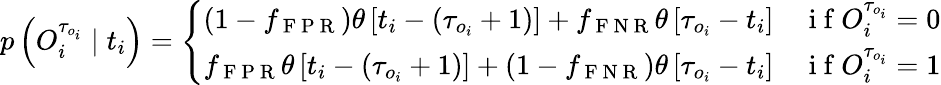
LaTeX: p\left(O_{i}^{\tau_{o_{i}}}\mid t_{i}\right)=\left\{ \begin{array}{ll}{\left(1-f_{\mathrm{~F~P~R~}}\right)\theta\left[t_{i}-\left(\tau_{o_{i}}+1\right)\right]+f_{\mathrm{~F~N~R~}}\theta\left[\tau_{o_{i}}-t_{i}\right]}&{\mathrm{~i~f~}O_{i}^{\tau_{o_{i}}}=0}\\ {f_{\mathrm{~F~P~R~}}\theta\left[t_{i}-\left(\tau_{o_{i}}+1\right)\right]+\left(1-f_{\mathrm{~F~N~R~}}\right)\theta\left[\tau_{o_{i}}-t_{i}\right]}&{\mathrm{~i~f~}O_{i}^{\tau_{o_{i}}}=1}\end{array}\right.